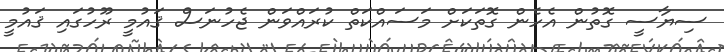
ސިޔާސީ ގޮތުން އެހެން ގޮތަކަށް މަސައްކަތް ކުރައްވަން ޖެހުނަސް ޤައުމީ ރޫހުގައި ޤައުމީ